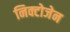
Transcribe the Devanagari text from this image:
निक्टोजेन